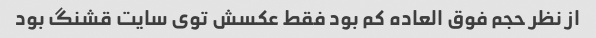
از نظر حجم فوق العاده کم بود فقط عکسش توی سایت قشنگ بود